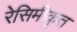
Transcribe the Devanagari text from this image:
रेसिमीकृत